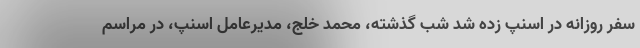
سفر روزانه در اسنپ زده شد شب گذشته، محمد خلج، مدیرعامل اسنپ، در مراسم